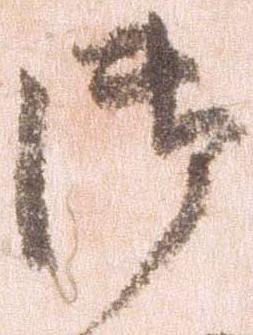
御